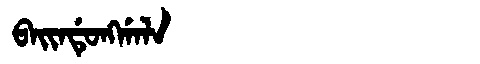
Manchu: ᠪᠠᡳᠨᡩᡠᠩᡤᠠᠯᠠ
Romanization: BAINDUNGGALA